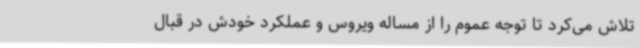
تلاش می‌کرد تا توجه عموم را از مساله ویروس و عملکرد خودش در قبال